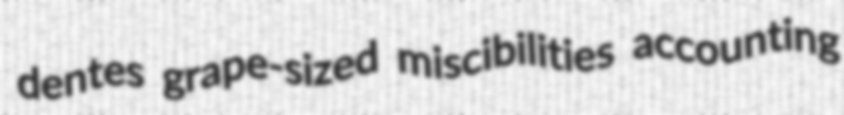
dentes grape-sized miscibilities accounting